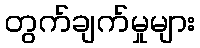
တွက်ချက်မှုများ